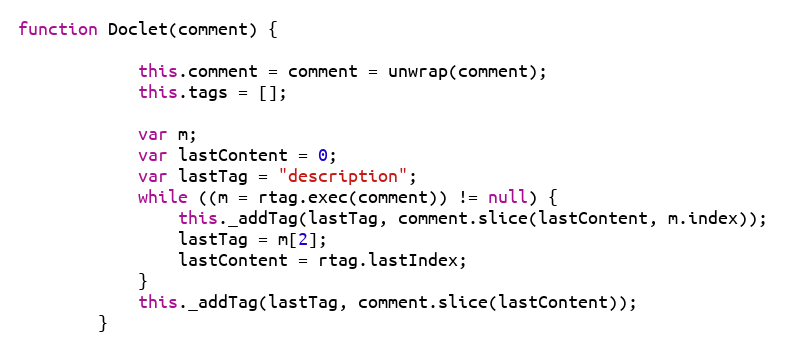
Language: JavaScript
function Doclet(comment) {

			this.comment = comment = unwrap(comment);
			this.tags = [];

			var m;
			var lastContent = 0;
			var lastTag = "description";
			while ((m = rtag.exec(comment)) != null) {
				this._addTag(lastTag, comment.slice(lastContent, m.index));
				lastTag = m[2];
				lastContent = rtag.lastIndex;
			}
			this._addTag(lastTag, comment.slice(lastContent));
		}